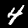
Label: 4